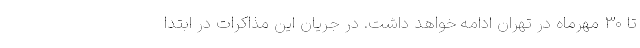
تا ۳۰ مهرماه در تهران ادامه خواهد داشت. در جریان این مذاکرات در ابتدا